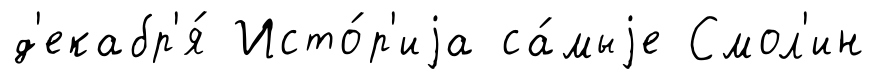
д'екабр'я́ Исто́р'иjа са́мыjе Смол'ин